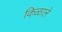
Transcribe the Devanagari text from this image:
किळाले